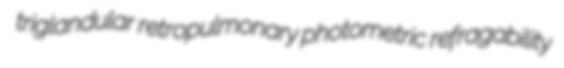
triglandular retropulmonary photometric refragability